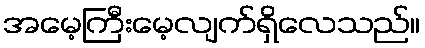
အမေ့ကြီးမေ့လျက်ရှိလေသည်။